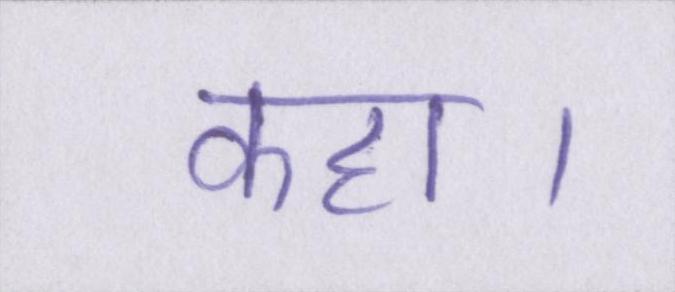
कहा।